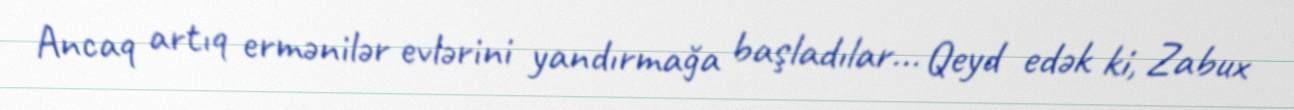
Ancaq artıq ermənilər evlərini yandırmağa başladılar... Qeyd edək ki, Zabux